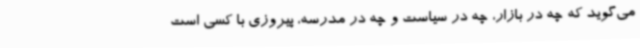
می‌گوید که چه در بازار، چه در سیاست و چه در مدرسه، پیروزی با کسی است